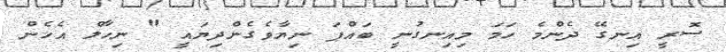
ސޮރީ އިނގޭ ދެންމެ ހަމަ މިއިނގުނީ ބައްޕަ ނިޔާވެގެންދިޔައީ " ނިހާލް އެހެން